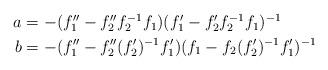
LaTeX: \begin{align*}\begin{aligned}a&=-(f_1''-f_2''f_2^{-1}f_1)(f_1'-f_2'f_2^{-1}f_1)^{-1}\\b&=-(f_1''-f_2''(f_2')^{-1}f_1')(f_1-f_2(f_2')^{-1}f_1')^{-1}\end{aligned}\end{align*}